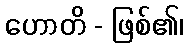
ဟောတိ - ဖြစ်၏၊